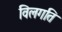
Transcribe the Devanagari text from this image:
विलगति